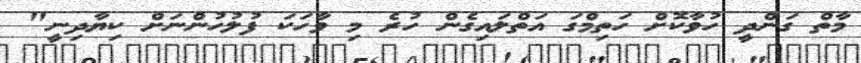
މާތް ގަންދީ ހުވާކޮށް ހަތިމްގަ އަތްލައިގެން ހުރެ މި ވާހަކަ ފުލުހުންނަށް ކިޔާދިނީ"